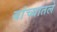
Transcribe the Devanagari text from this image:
यांच्यातले